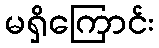
မရှိကြောင်း